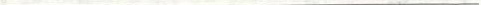
___